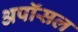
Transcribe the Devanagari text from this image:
अपॉसल